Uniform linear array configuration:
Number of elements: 16
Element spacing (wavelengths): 1
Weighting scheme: kaiser
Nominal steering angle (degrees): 45
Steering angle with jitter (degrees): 44.407
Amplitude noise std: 0.05
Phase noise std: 0.05

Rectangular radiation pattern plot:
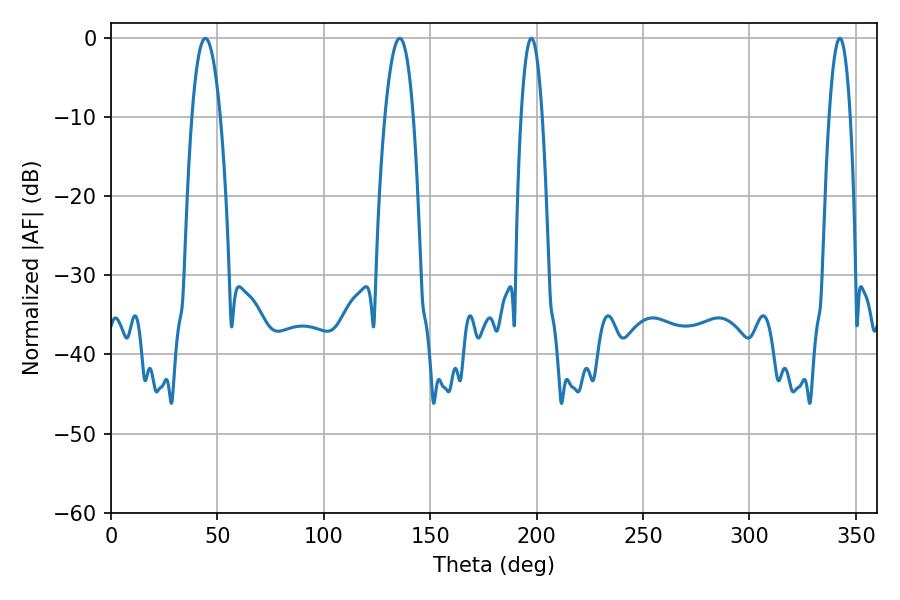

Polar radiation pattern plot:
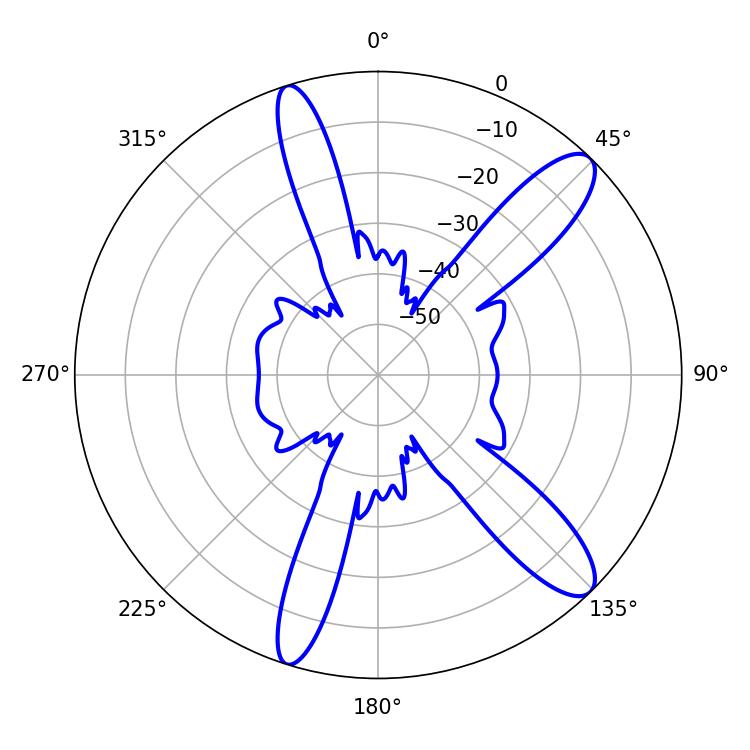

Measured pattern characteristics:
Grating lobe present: TRUE
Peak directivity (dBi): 11.83
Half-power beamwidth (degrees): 7.38
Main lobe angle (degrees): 44.28